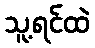
သူ့ရင်ထဲ